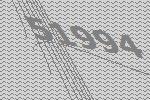
51994